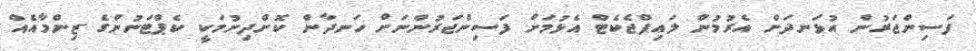
ފަސިންޖަރުން އުޅަނދަށް އެރުމުން ލައިފްޖެކެޓް އެޅުމަށް ފަސިންޖަރުންނަށް ހަނދާން ކޮށްދިނުމަކީ ކެޕްޓަނުންގެ ޒިންމާއެއް